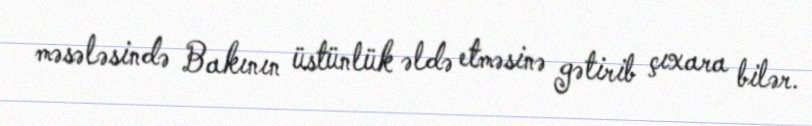
məsələsində Bakının üstünlük əldə etməsinə gətirib çıxara bilər.